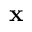
\mathbf x